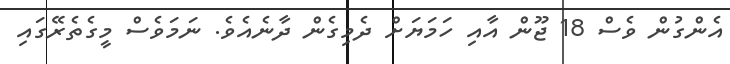
އެންގުން ވެސް 18 ޖޫން އާއި ހަމަޔަށް ދެމިގެން ދާނެއެވެ. ނަމަވެސް މީގެތެރޭގައި